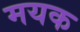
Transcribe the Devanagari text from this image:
मयक